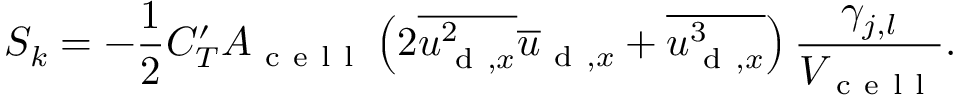
S _ { k } = - \frac { 1 } { 2 } C _ { T } ^ { \prime } A _ { \mathrm { ~ c ~ e ~ l ~ l ~ } } \left( 2 \overline { { { u _ { \mathrm { ~ d ~ } , x } ^ { 2 } } } } \overline { { u } } _ { \mathrm { ~ d ~ } , x } + \overline { { { u _ { \mathrm { ~ d ~ } , x } ^ { 3 } } } } \right) \frac { \gamma _ { j , l } } { V _ { \mathrm { ~ c ~ e ~ l ~ l ~ } } } .